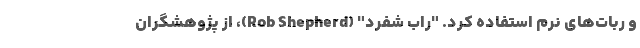
و ربات‌های نرم استفاده کرد. "راب شفرد" (Rob Shepherd)، از پژوهشگران